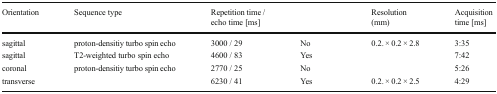
<table><thead><tr><td><b>Orientation</b></td><td><b>Sequence type</b></td><td><b>Repetition time / echo time [ms]</b></td><td>[EMPTY_CELL]</td><td><b>Resolution (mm)</b></td><td><b>Acquisition time [ms]</b></td></tr></thead><tbody><tr><td>sagittal</td><td>proton-densitiy turbo spin echo</td><td>3000 / 29</td><td>No</td><td>0.2. × 0.2 × 2.8</td><td>3:35</td></tr><tr><td>sagittal</td><td>T2-weighted turbo spin echo</td><td>4600 / 83</td><td>Yes</td><td>[EMPTY_CELL]</td><td>7:42</td></tr><tr><td>coronal</td><td>proton-densitiy turbo spin echo</td><td>2770 / 25</td><td>No</td><td>[EMPTY_CELL]</td><td>5:26</td></tr><tr><td>transverse</td><td>[EMPTY_CELL]</td><td>6230 / 41</td><td>Yes</td><td>0.2. × 0.2 × 2.5</td><td>4:29</td></tr></tbody></table>